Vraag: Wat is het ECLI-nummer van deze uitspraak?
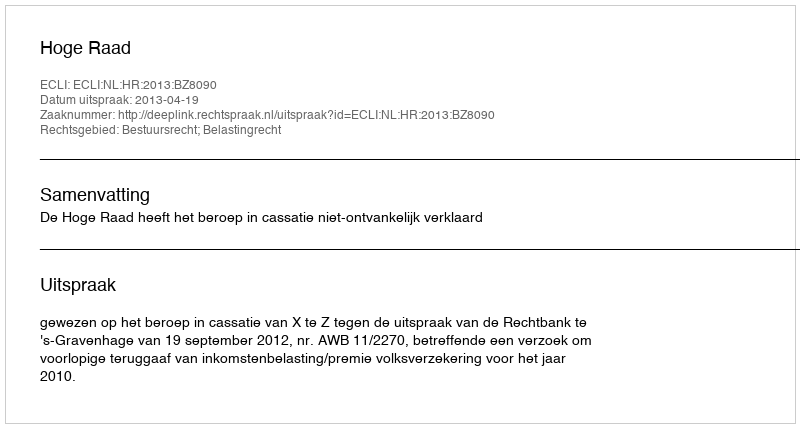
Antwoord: ECLI:NL:HR:2013:BZ8090